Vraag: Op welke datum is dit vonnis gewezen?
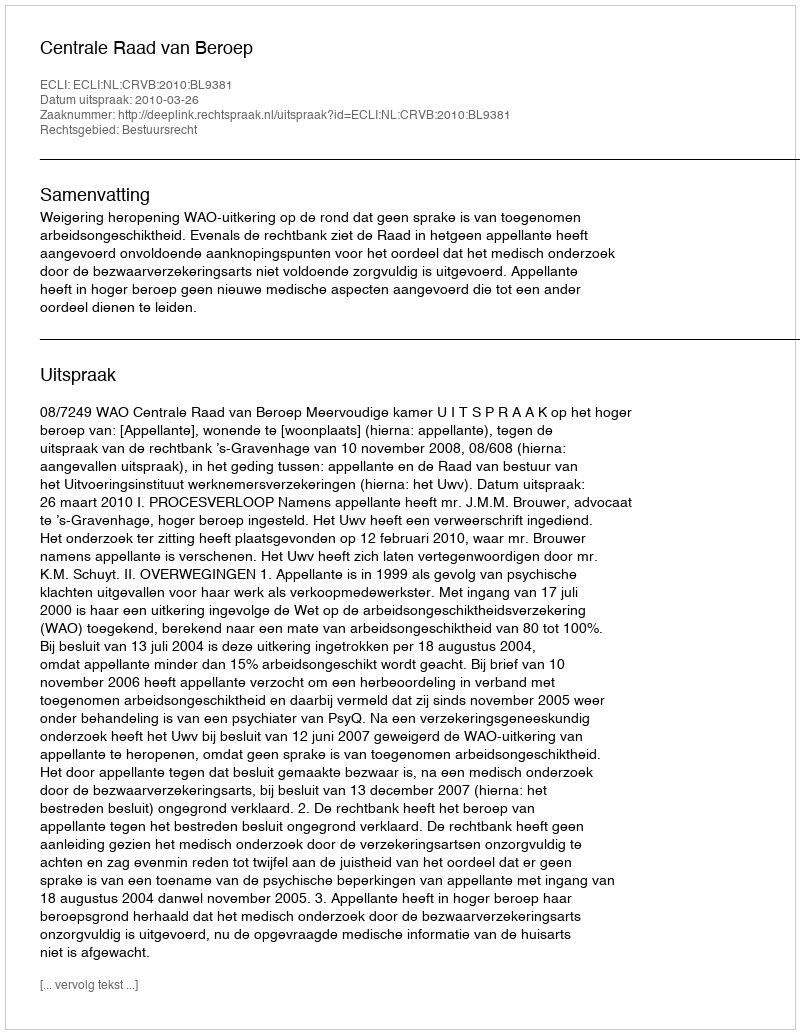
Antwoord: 2010-03-26